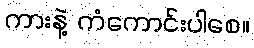
ကားနဲ့ ကံကောင်းပါစေ။